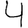
Digit: 4